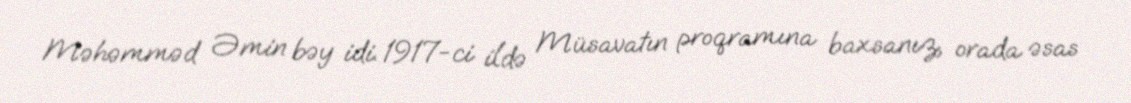
Məhəmməd Əmin bəy idi. 1917-ci ildə Müsavatın proqramına baxsanız, orada əsas